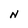
Character: N